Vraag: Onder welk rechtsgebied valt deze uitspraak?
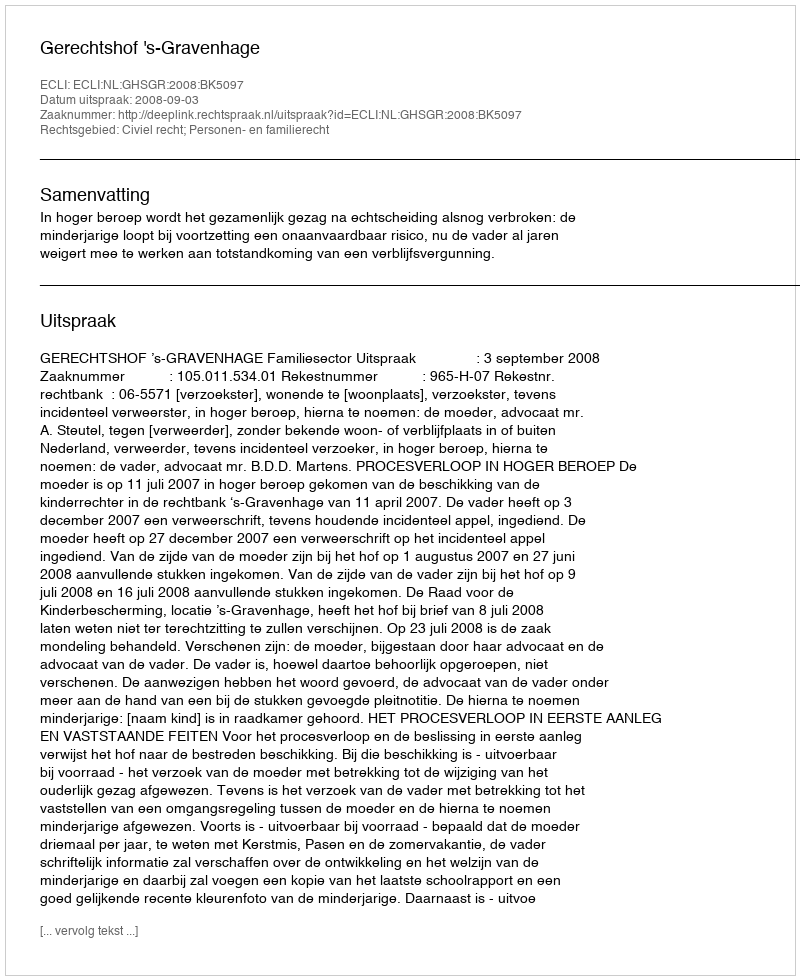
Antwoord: Civiel recht; Personen- en familierecht